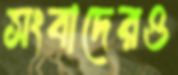
সংবাদেরও